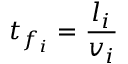
t _ { f _ { i } } = \frac { l _ { i } } { v _ { i } }